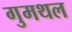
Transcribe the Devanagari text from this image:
गुमथल